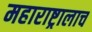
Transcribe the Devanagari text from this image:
महाराष्ट्रालाच